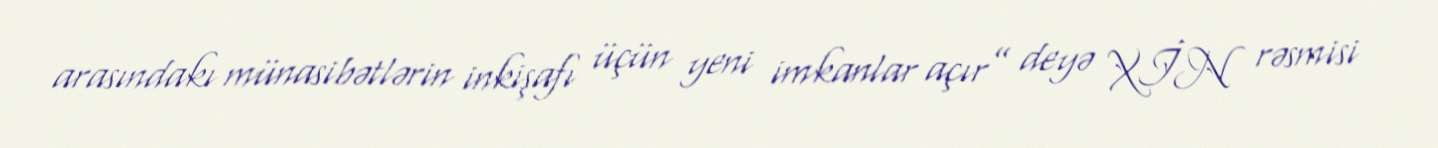
arasındakı münasibətlərin inkişafı üçün yeni imkanlar açır” deyə XİN rəsmisi